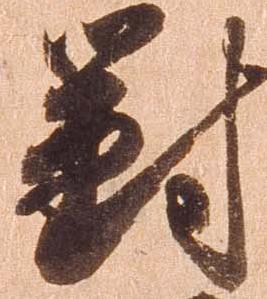
対